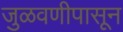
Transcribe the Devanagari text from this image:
जुळवणीपासून